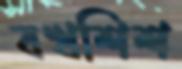
বখশিশ